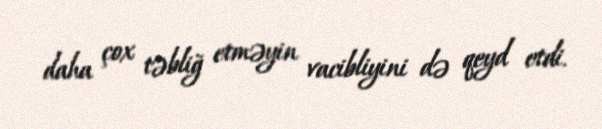
daha çox təbliğ etməyin vacibliyini də qeyd etdi.